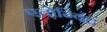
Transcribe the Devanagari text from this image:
एतोन्विंद्रं